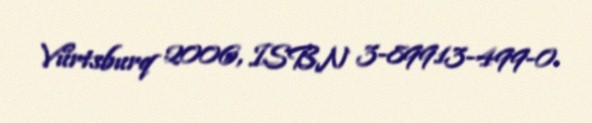
Vürtsburq 2006, ISBN 3-89913-499-0.